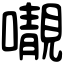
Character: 𡃁